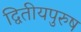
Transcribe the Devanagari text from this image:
द्वितीयपुरुष